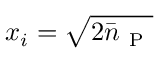
x _ { i } = \sqrt { 2 \bar { n } _ { \mathrm { ~ P ~ } } }